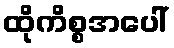
ထိုကိစ္စအပေါ်